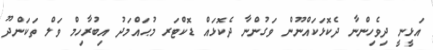
އަޅީނީ ދިވެހިންނާ ދެކޮޅަކައްނޫން ވަގުންނާ ދެކޮޅައް ޑޮކްޓަރ މުޙައްމަދު އިބުރާހިމް ވަލް ތަކަންދޫ